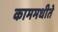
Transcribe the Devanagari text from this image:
काममधीते